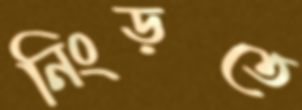
নিংড়তে